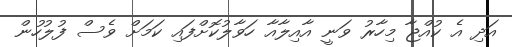
އަދި އެ ކުއްޖާ މިހާރު ވަނީ އާއިލާއާ ހަވާލުކޮށްފައި ކަމަށް ވެސް ފުލުހުން